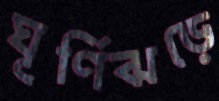
ঘূর্ণিঝড়ে